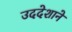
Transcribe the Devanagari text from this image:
उददेशाने